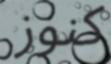
كنوز